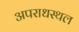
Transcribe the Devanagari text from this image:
अपराधस्थल